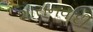
શાસનવાદી